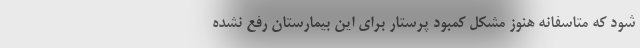
شود که متاسفانه هنوز مشکل کمبود پرستار برای این بیمارستان رفع نشده